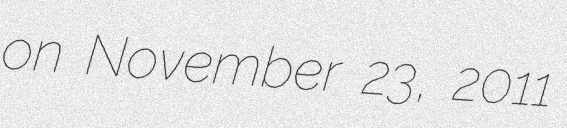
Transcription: on November 23, 2011